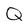
Character: Q